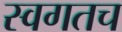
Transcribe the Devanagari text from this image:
स्वगतच